Scientific memoirs by medical officers of the Army of India - Part IV,
Year: 1889
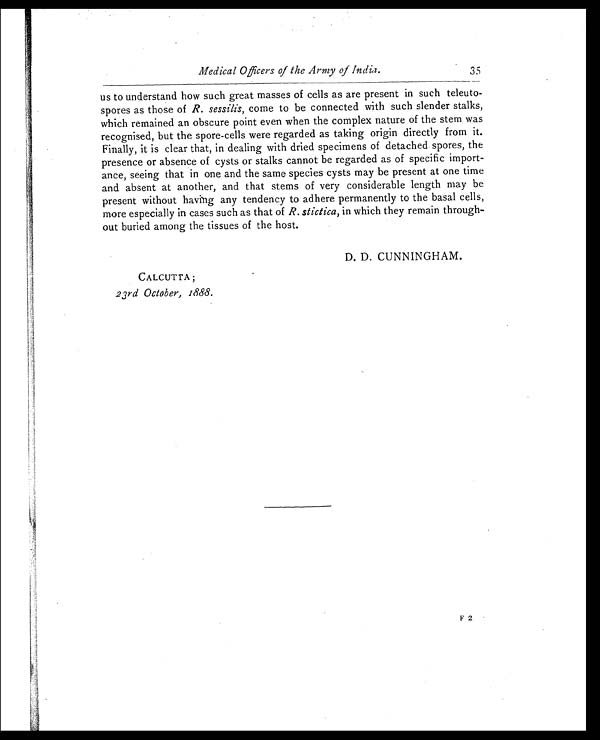
Medical Officers of the Army of India. 3 5
us to understand how such great masses of cells as are present in such teleuto
-spores as those of R. sessilis, come to be connected with such slender stalks,
which remained an obscure point even when the complex nature of the stem was
recognised, but the spore-cells were regarded as taking origin directly from it.
Finally, it is clear that, in dealing with dried specimens of detached spores, the
presence or absence of cysts or stalks cannot be regarded as of specific import
-ance, seeing that in one and the same species cysts may be present at one time
and absent at another, and that stems of very considerable length may be
present without having any tendency to adhere permanently to the basal cells,
more especially in cases such as that of R. stictica, in which they remain through
-out buried among the tissues of the host.
D. D. CUNNINGHAM.
CALCUTTA;
23rd October, 1888.
F 2